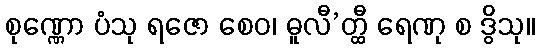
စုဏ္ဏော ပံသု ရဇော စေဝ၊ ဓူလီ’တ္ထီ ရေဏု စ ဒွိသု။